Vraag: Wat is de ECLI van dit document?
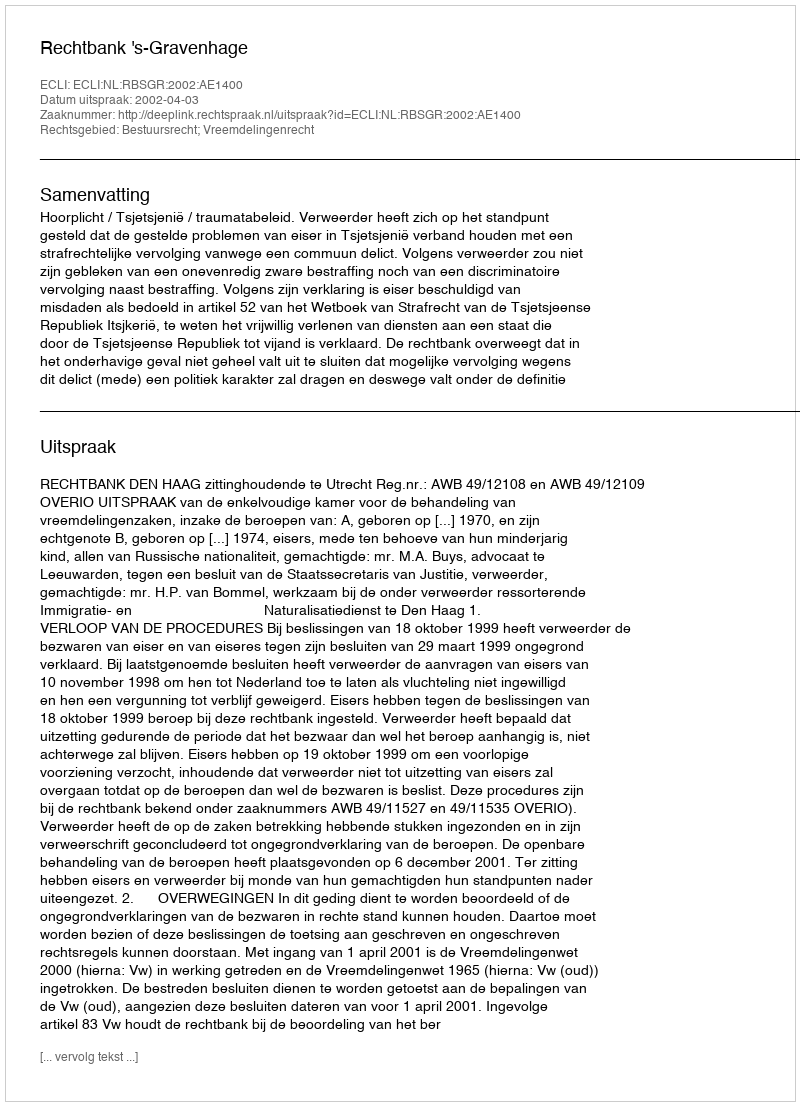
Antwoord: ECLI:NL:RBSGR:2002:AE1400